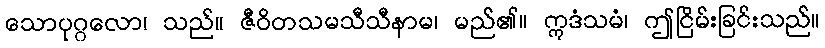
သောပုဂ္ဂလော၊ သည်။ ဇီဝိတသမသီသီနာမ၊ မည်၏။ ဣဒံသမံ၊ ဤငြိမ်းခြင်းသည်။